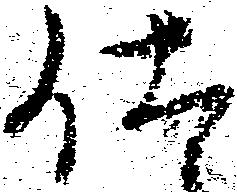
仕